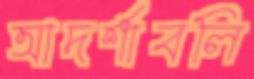
আদর্শাবলি